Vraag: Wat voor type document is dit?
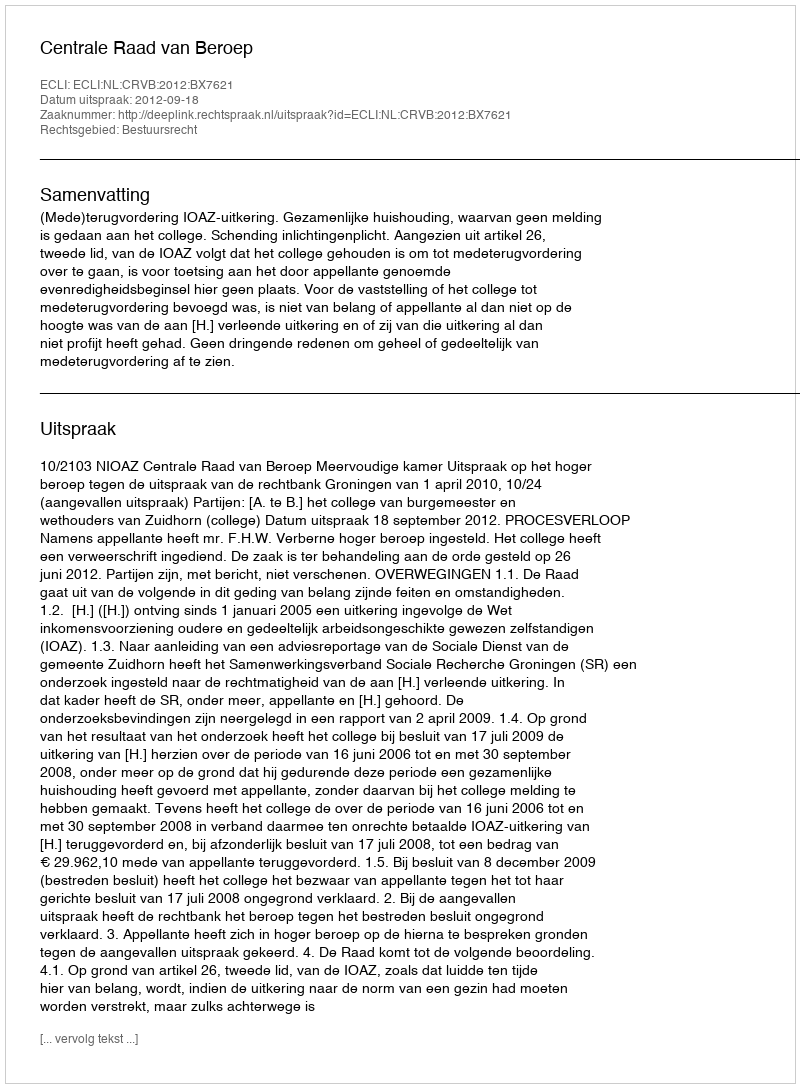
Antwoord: Uitspraak